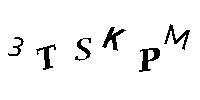
3TSKPM